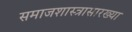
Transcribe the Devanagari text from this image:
समाजशास्त्रासारख्या